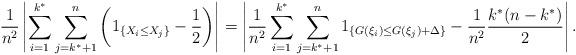
LaTeX: \begin{align*}\frac{1}{n^2}\left|\sum\limits_{i=1}^{k^*}\sum\limits_{j=k^*+1}^n\left(1_{\left\{X_i\leq X_j\right\}}-\frac{1}{2}\right)\right|&=\left|\frac{1}{n^2}\sum\limits_{i=1}^{k^*}\sum\limits_{j=k^*+1}^n1_{\left\{G(\xi_i)\leq G(\xi_j)+\Delta\right\}}-\frac{1}{n^2}\frac{k^*(n-k^*)}{2}\right|.\end{align*}